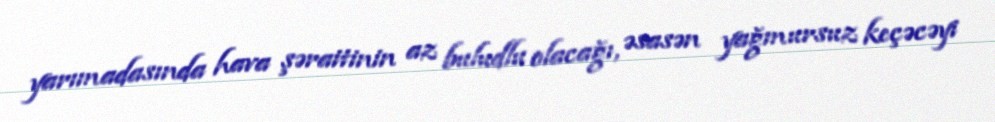
yarımadasında hava şəraitinin az buludlu olacağı, əsasən yağmursuz keçəcəyi